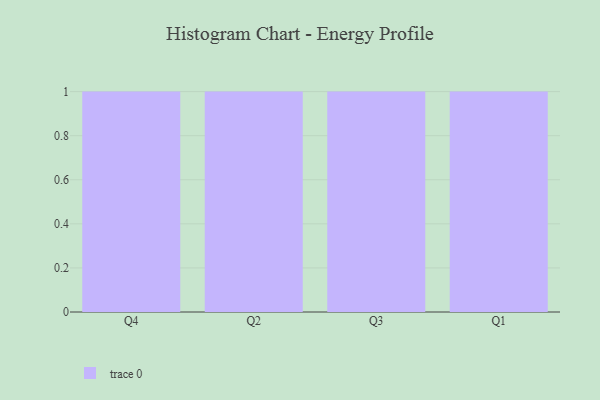
{"axis": {"x": "Quarter", "y": "Population (Million)"}, "legend": [""], "data": [{"x": "Q4", "y": 82, "type": ""}, {"x": "Q2", "y": 58, "type": ""}, {"x": "Q3", "y": 28, "type": ""}, {"x": "Q1", "y": 49, "type": ""}]}